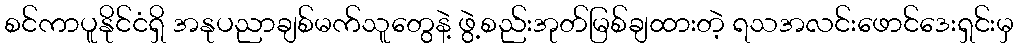
စင်ကာပူနိုင်ငံရှိ အနုပညာချစ်မက်သူတွေနဲ့ ဖွဲ့စည်းအုတ်မြစ်ချထားတဲ့ ရသအလင်းဖောင်ဒေးရှင်းမှ